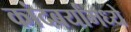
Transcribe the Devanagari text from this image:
कांदबर्यांमध्ये